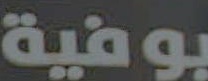
بوفية